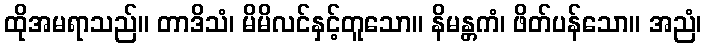
ထိုအမရာသည်။ တာဒိသံ၊ မိမိလင်နှင့်တူသော။ နိမန္တကံ၊ ဖိတ်ပန်သော။ အညံ၊